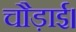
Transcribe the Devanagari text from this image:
चौड़ाई।